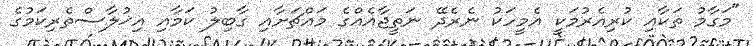
"މަގާމު ތަކާއި ކުރިއެރުމަކީ އެމީހަކު ނެރެދޭ ނަތީޖާއެއްގެ މައްޗަށާއި ގާބިލު ކަމާއި އިޚުލާސްތެރިކަމުގެ